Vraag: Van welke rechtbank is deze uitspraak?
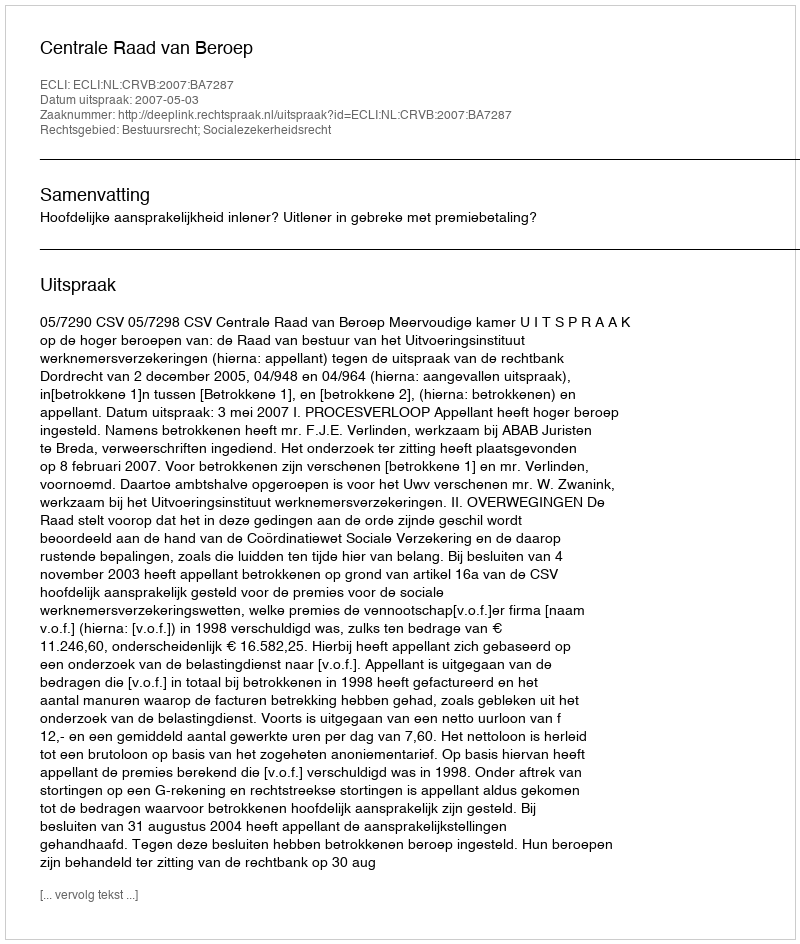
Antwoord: Centrale Raad van Beroep